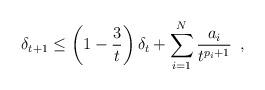
LaTeX: \begin{align*} \delta_{t+1} \leq \left(1 - \frac{3}{t} \right)\delta_{t} + \sum_{i=1}^{N}\frac{a_{i}}{t^{p_{i}+1}}\enspace, \end{align*}